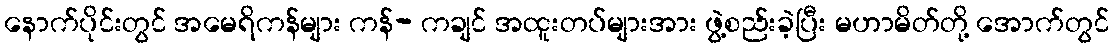
နောက်ပိုင်းတွင် အမေရိကန်များ ကန်- ကချင် အထူးတပ်များအား ဖွဲ့စည်းခဲ့ပြီး မဟာမိတ်တို့ အောက်တွင်